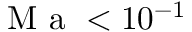
\ensuremath { \mathrm { ~ M ~ a ~ } } < 1 0 ^ { - 1 }